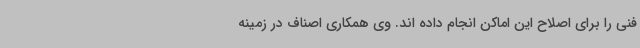
فنی را برای اصلاح این اماکن انجام داده اند. وی همکاری اصناف در زمینه